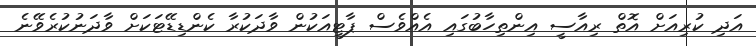
އަދި ކުރިއަށް އޮތް ރިއާސީ އިންތިހާބުގައި އެއްވެސް ޕާޓީއަކުން ވާދަކުރާ ކެންޑިޑޭޓަކަށް ވާދަނުކުރެވޭނެ